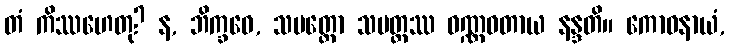
တံ ကိဿဟေတု? န, ဘိက္ခဝေ, သပတ္တော သပတ္တဿ ဝဏ္ဏဝတာယ နန္ဒတိ။ ကောဓနာယံ,